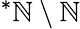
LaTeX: {^{*}\mathbb{N}}\setminus\mathbb{N}